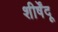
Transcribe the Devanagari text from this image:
शीर्षेंदू